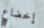
إخضاع